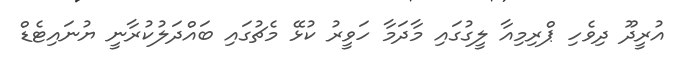
އުރީދޫ ދިވެހި ޕްރިމިއާ ލީގުގައި މާދަމާ ހަވީރު ކުޅޭ މެޗުގައި ބައްދަލުކުރާނީ ޔުނައިޓެޑް